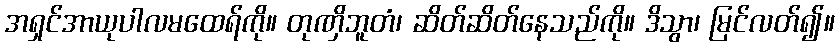
အရှင်အာယုပါလမထေရ်ကို။ တုဏှိဘူတံ၊ ဆိတ်ဆိတ်နေသည်ကို။ ဒိသွာ၊ မြင်လတ်၍။